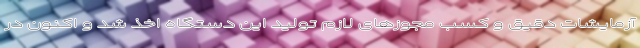
آزمایشات دقیق و کسب مجوزهای لازم تولید این دستگاه اخذ شد و اکنون در